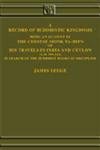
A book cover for A Record of Buddhistic Kingdoms: Being an Account by the Chinese Monk Fa-Hien of His Travels in India and Ceylon; Fa Xian; Travel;